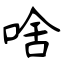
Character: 啥